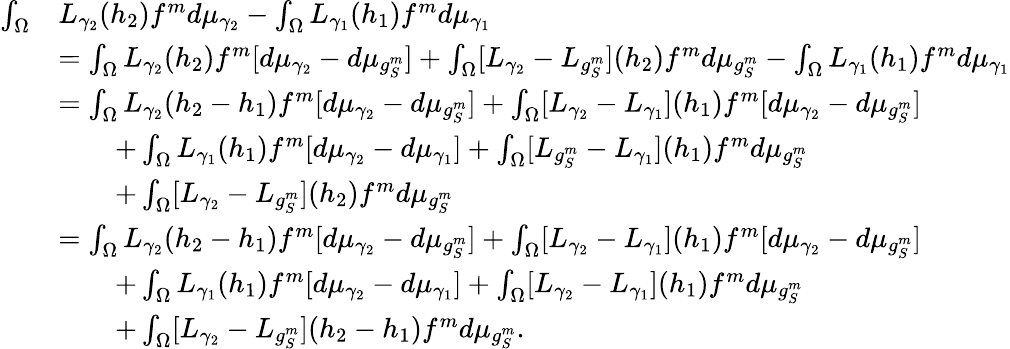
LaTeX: \begin{array}{rl}{\int_{\Omega}}&{L_{\gamma_{2}}(h_{2})f^{m}d\mu_{\gamma_{2}}-\int_{\Omega}L_{\gamma_{1}}(h_{1})f^{m}d\mu_{\gamma_{1}}}\\ &{=\int_{\Omega}L_{\gamma_{2}}(h_{2})f^{m}[d\mu_{\gamma_{2}}-d\mu_{g_{S}^{m}}]+\int_{\Omega}[L_{\gamma_{2}}-L_{g_{S}^{m}}](h_{2})f^{m}d\mu_{g_{S}^{m}}-\int_{\Omega}L_{\gamma_{1}}(h_{1})f^{m}d\mu_{\gamma_{1}}}\\ &{=\int_{\Omega}L_{\gamma_{2}}(h_{2}-h_{1})f^{m}[d\mu_{\gamma_{2}}-d\mu_{g_{S}^{m}}]+\int_{\Omega}[L_{\gamma_{2}}-L_{\gamma_{1}}](h_{1})f^{m}[d\mu_{\gamma_{2}}-d\mu_{g_{S}^{m}}]}\\ &{\qquad+\int_{\Omega}L_{\gamma_{1}}(h_{1})f^{m}[d\mu_{\gamma_{2}}-d\mu_{\gamma_{1}}]+\int_{\Omega}[L_{g_{S}^{m}}-L_{\gamma_{1}}](h_{1})f^{m}d\mu_{g_{S}^{m}}}\\ &{\qquad+\int_{\Omega}[L_{\gamma_{2}}-L_{g_{S}^{m}}](h_{2})f^{m}d\mu_{g_{S}^{m}}}\\ &{=\int_{\Omega}L_{\gamma_{2}}(h_{2}-h_{1})f^{m}[d\mu_{\gamma_{2}}-d\mu_{g_{S}^{m}}]+\int_{\Omega}[L_{\gamma_{2}}-L_{\gamma_{1}}](h_{1})f^{m}[d\mu_{\gamma_{2}}-d\mu_{g_{S}^{m}}]}\\ &{\qquad+\int_{\Omega}L_{\gamma_{1}}(h_{1})f^{m}[d\mu_{\gamma_{2}}-d\mu_{\gamma_{1}}]+\int_{\Omega}[L_{\gamma_{2}}-L_{\gamma_{1}}](h_{1})f^{m}d\mu_{g_{S}^{m}}}\\ &{\qquad+\int_{\Omega}[L_{\gamma_{2}}-L_{g_{S}^{m}}](h_{2}-h_{1})f^{m}d\mu_{g_{S}^{m}}.}\end{array}